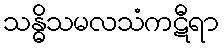
သန္ဓိသမလသံကဋီရာ